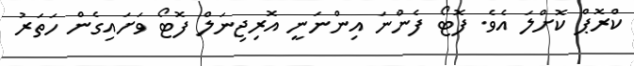
ކްރޮޕް ކޮށްލަ އެެވެ. ފޮޓޯ ފެންނަ އިންނަނީ އޮރިޖިނަލް ފޮޓޯ ވަށައިގެން ހަތަރު